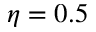
\eta = 0 . 5